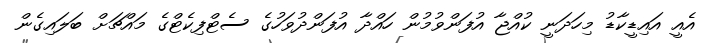
އެއީ އައިޑީކާޑު މިހަދަނީ ކުއްޖާ އުފަންވުމުން ހައްދާ އުފަންދުވަހުގެ ސެޓްފިކެޓްގެ މައްޗަށް ބަލައިގެން